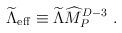
LaTeX: \begin{align*}{\widetilde\Lambda}_{\rm eff}\equiv{\widetilde\Lambda}{\widehat M}_P^{D-3}~.\end{align*}